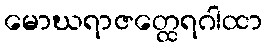
မောဃရာဇတ္ထေရဂါထာ